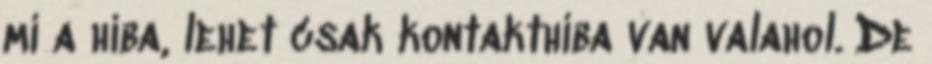
mi a hiba, lehet csak kontakthiba van valahol. De